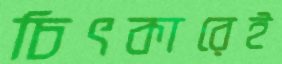
চিৎকারেই